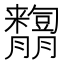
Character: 𦣓